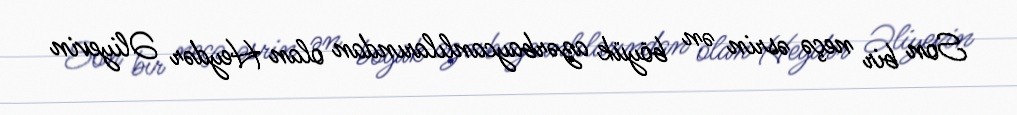
Son bir neçə əsrin ən böyük azərbaycanlılarından olan Heydər Əliyevin